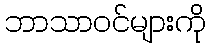
ဘာသာဝင်များကို